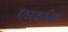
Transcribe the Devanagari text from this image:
बाध्यकारिता